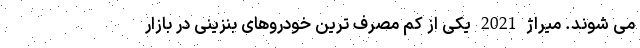
می شوند. میراژ 2021 یکی از کم مصرف ترین خودروهای بنزینی در بازار